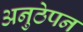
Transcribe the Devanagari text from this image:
अनुठेपन